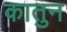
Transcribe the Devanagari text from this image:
कातुन